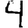
Digit: 4